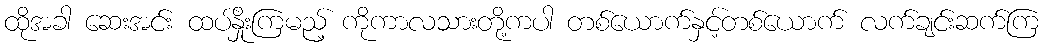
ထိုအခါ ဆေးအင်း ထပ်နှိုးကြမည့် ကိုကာလသားတို့ကပါ တစ်ယောက်နှင့်တစ်ယောက် လက်ချင်းဆက်ကြ